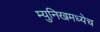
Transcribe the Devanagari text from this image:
म्युनिखमध्येच